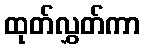
ထုတ်လွှတ်ကာ